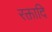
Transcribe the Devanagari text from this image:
रक्तादि